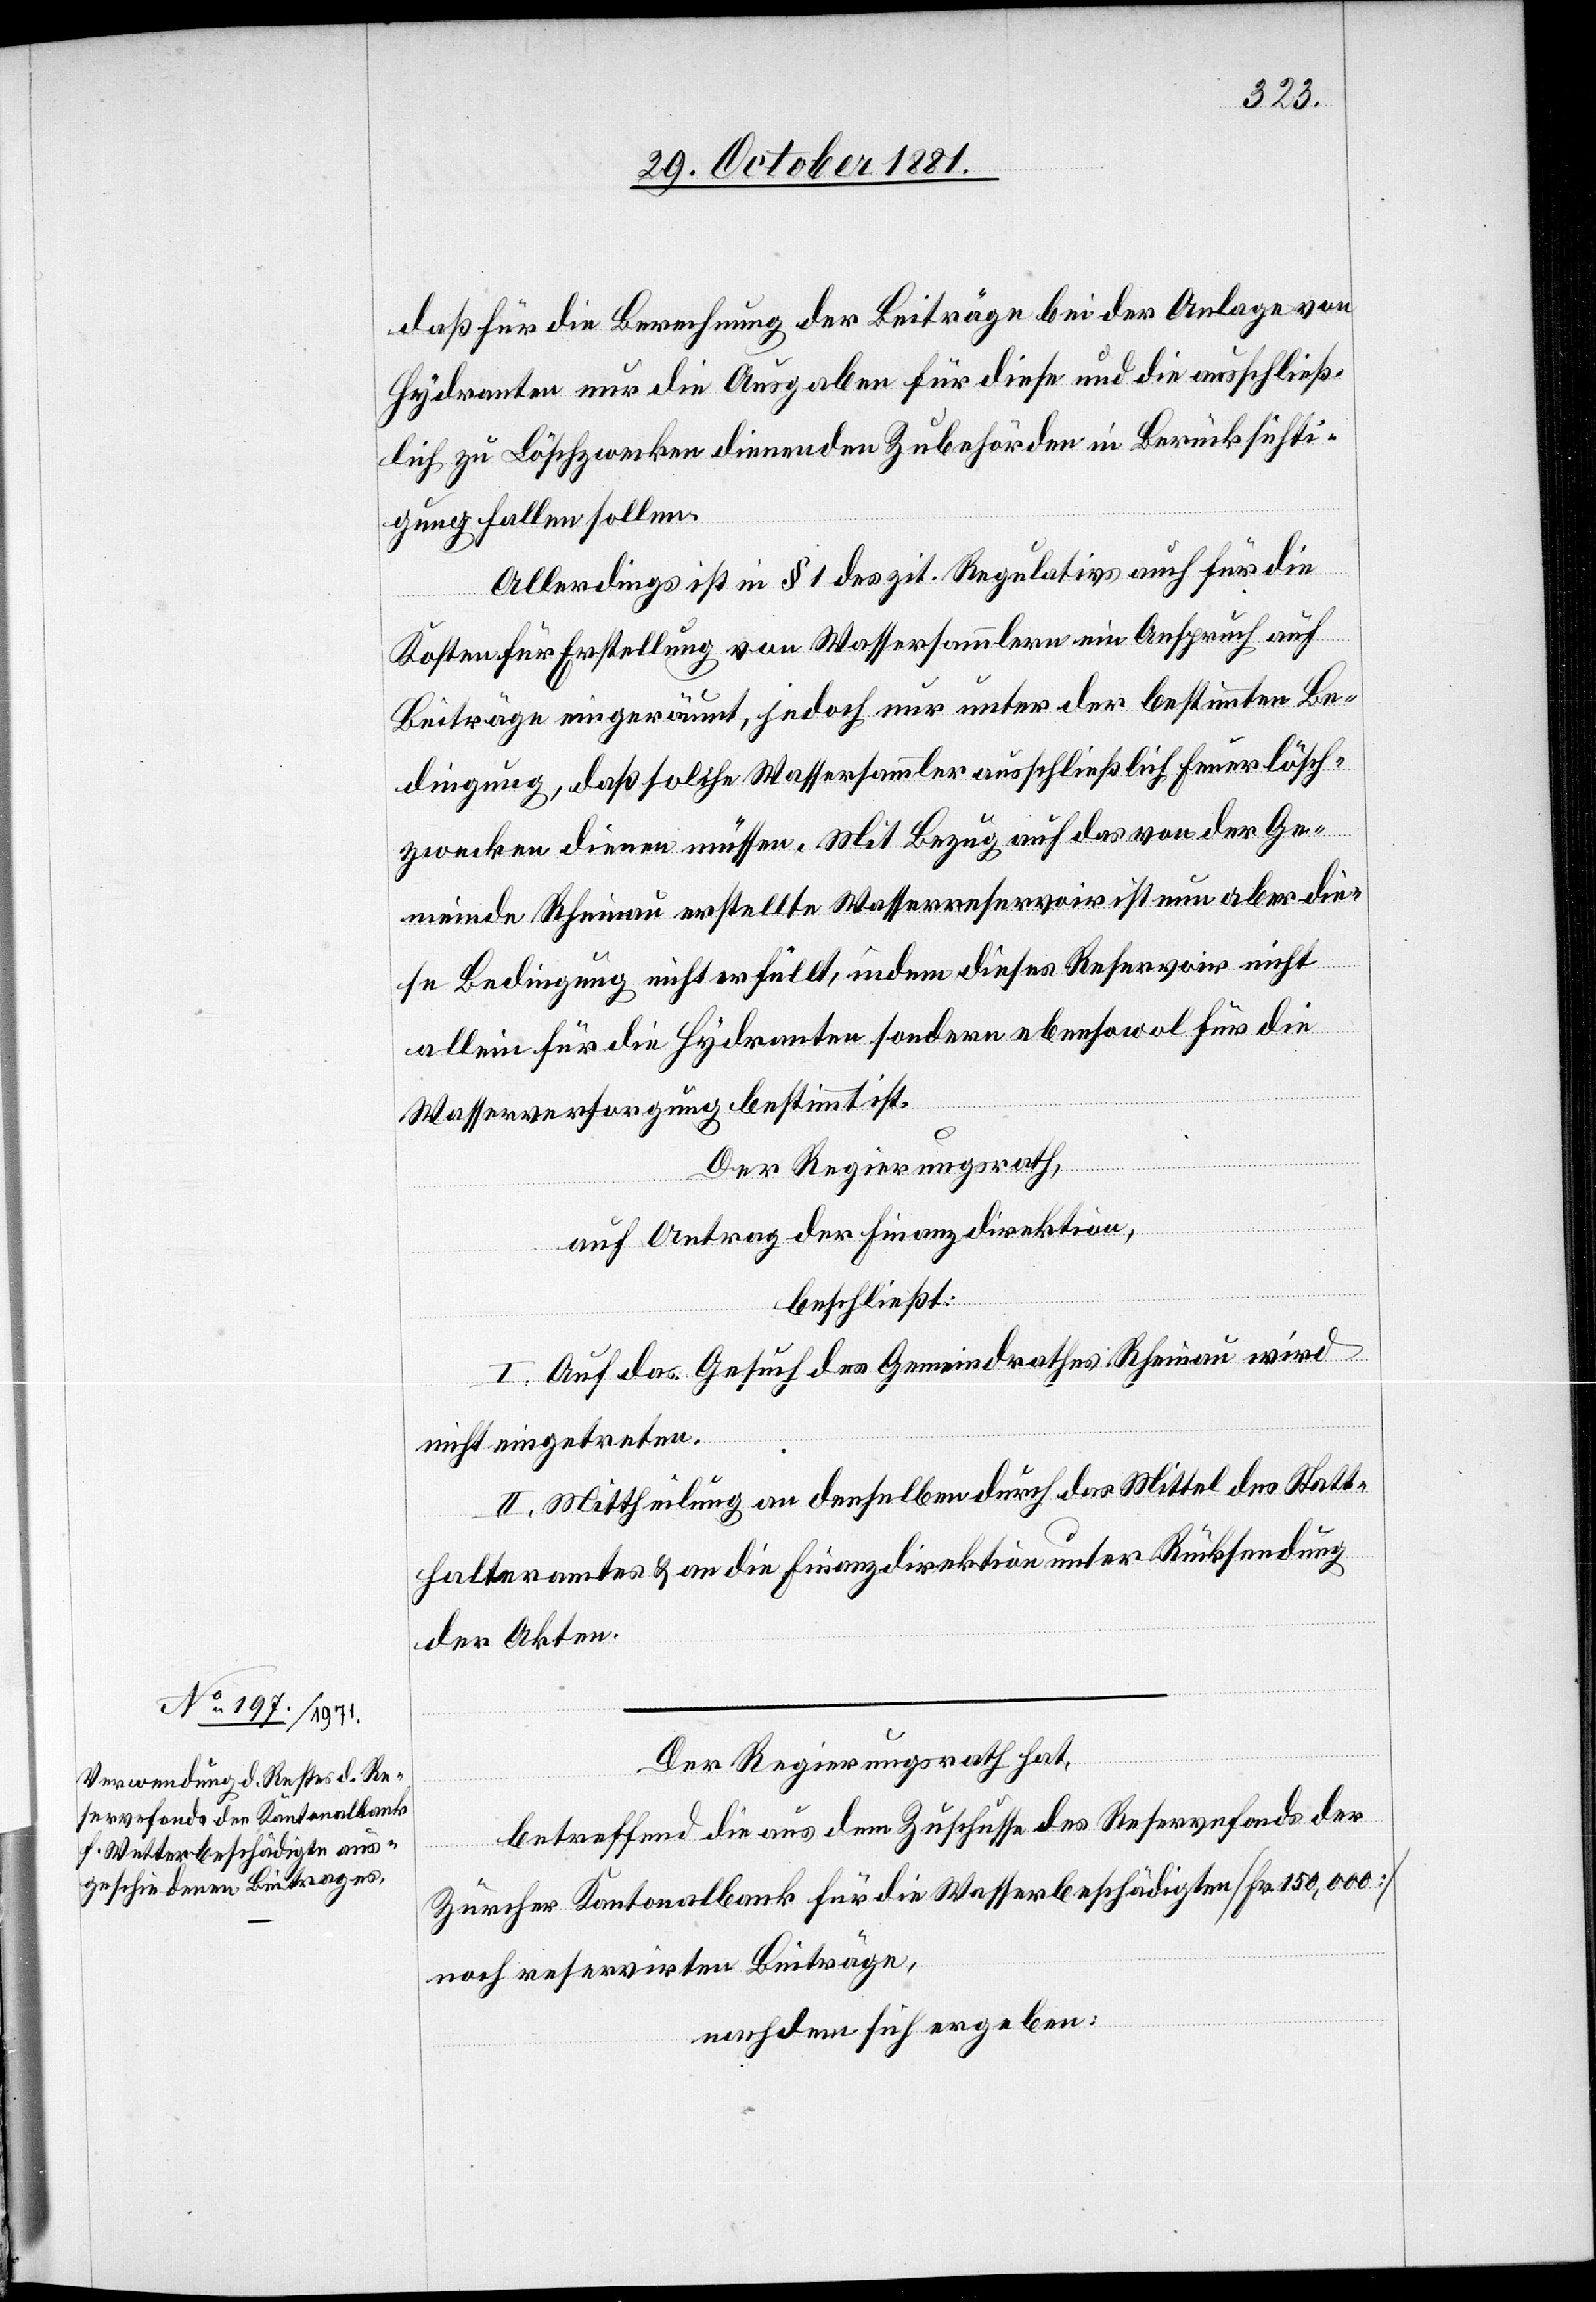
daß für die Berechnung der Beiträge bei der Anlage von
Hydranten nur die Ausgaben für diese und die ausschließ¬
lich zu Löschzwecken dienenden Zubehörden in Berücksichti¬
gung fallen sollen.
Allerdings ist in § 1 des zit. Regulativs auch für die
Kosten für Erstellung von Wassersammlern ein Anspruch auf
Beiträge eingeräumt, jedoch nur unter der bestimmten Be¬
dingung, daß solche Wassersammler ausschließlich Feuerlösch¬
zwecken dienen müssen. Mit Bezug auf das von der Ge¬
meinde Rheinau erstellte Wasserreservoir ist nun aber die¬
se Bedingung nicht erfüllt, indem dieses Reservoir nicht
allein für die Hydranten sondern ebensowol für die
Wasserversorgung bestimmt ist.
Der Regierungsrath,
auf Antrag der Finanzdirektion,
beschließt:
I. Auf das Gesuch des Gemeindrathes Rheinau wird
nicht eingetreten.
II. Mittheilung an denselben durch das Mittel des Statt¬
halteramtes & an die Finanzdirektion unter Rücksendung
der Akten.
Der Regierungsrath hat,
betreffend die aus dem Zuschusse des Reservefonds der
Zürcher Kantonalbank für die Wasserbeschädigten [Fr. 150,000]
noch reservirten Beiträge,
nachdem sich ergeben: